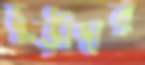
চুড়ীদার